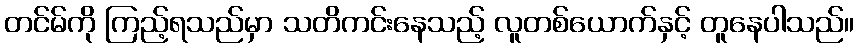
တင်မ်ကို ကြည့်ရသည်မှာ သတိကင်းနေသည့် လူတစ်ယောက်နှင့် တူနေပါသည်။